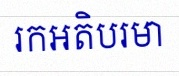
រកអតិបរមា